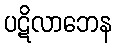
ပဋိလာဘေန